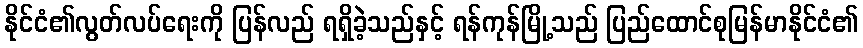
နိုင်ငံ၏လွတ်လပ်ရေးကို ပြန်လည် ရရှိခဲ့သည်နှင့် ရန်ကုန်မြို့သည် ပြည်ထောင်စုမြန်မာနိုင်ငံ၏